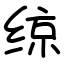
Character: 𫟅